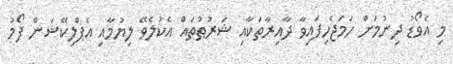
މި އެވޯޑު ދިނުމަށް ހަމަޖެހިފައިވާ ދާއިރާތަކާއި ޝަރުޠުތައް އެކުލެވޭ ލިޔުމާއި އެޕްލިކޭޝަން ފޯމު